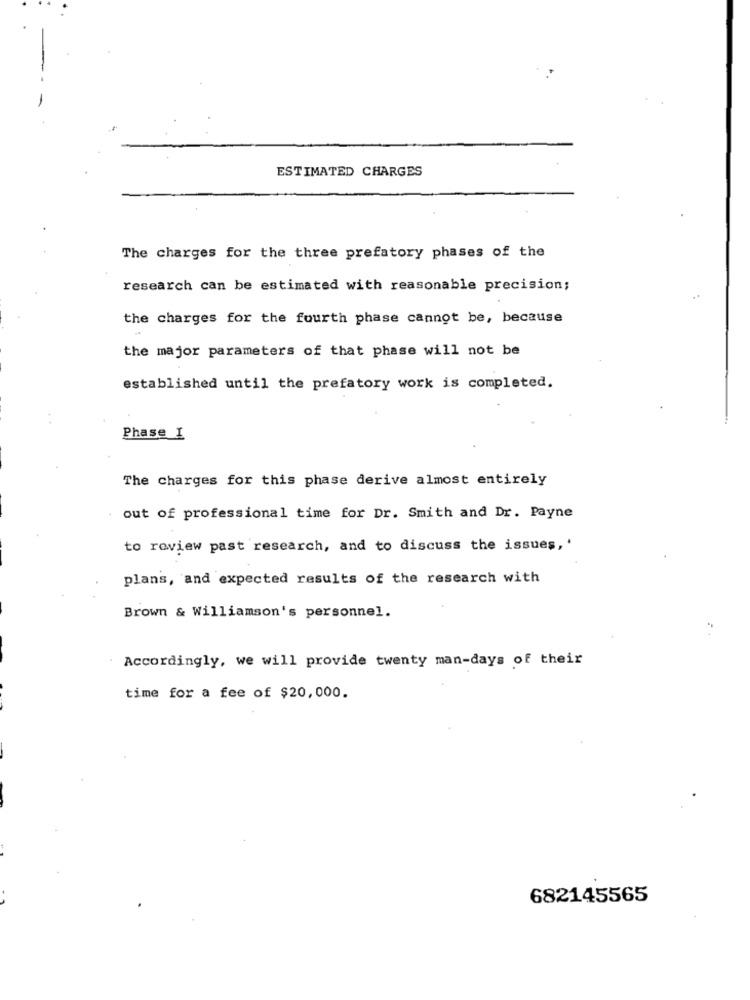
ESTIMATED CHARGES
The charges for the three prefatory phases of the
research can be estimated with reasonable precision;
the charges for the fourth phase cannot be, because
the major parameters of that phase will not be
established until the prefatory work is completed.
Phase I
The charges for this phase derive almost entirely
out of professional time for Dr. Smith and Dr. Payne
to review past research, and to discuss the issues, '
plans, and expected results of the research with
Brown & Williamson's personnel.
Accordingly, we will provide twenty man-days of their
time for a fee of $20,000.
682145565